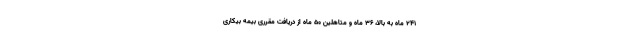
۲۴۱ ماه به بالا، ۳۶ ماه و متاهلین ۵۰ ماه از دریافت مقرری بیمه بیکاری